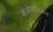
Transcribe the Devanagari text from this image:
जोओलॉजिकल